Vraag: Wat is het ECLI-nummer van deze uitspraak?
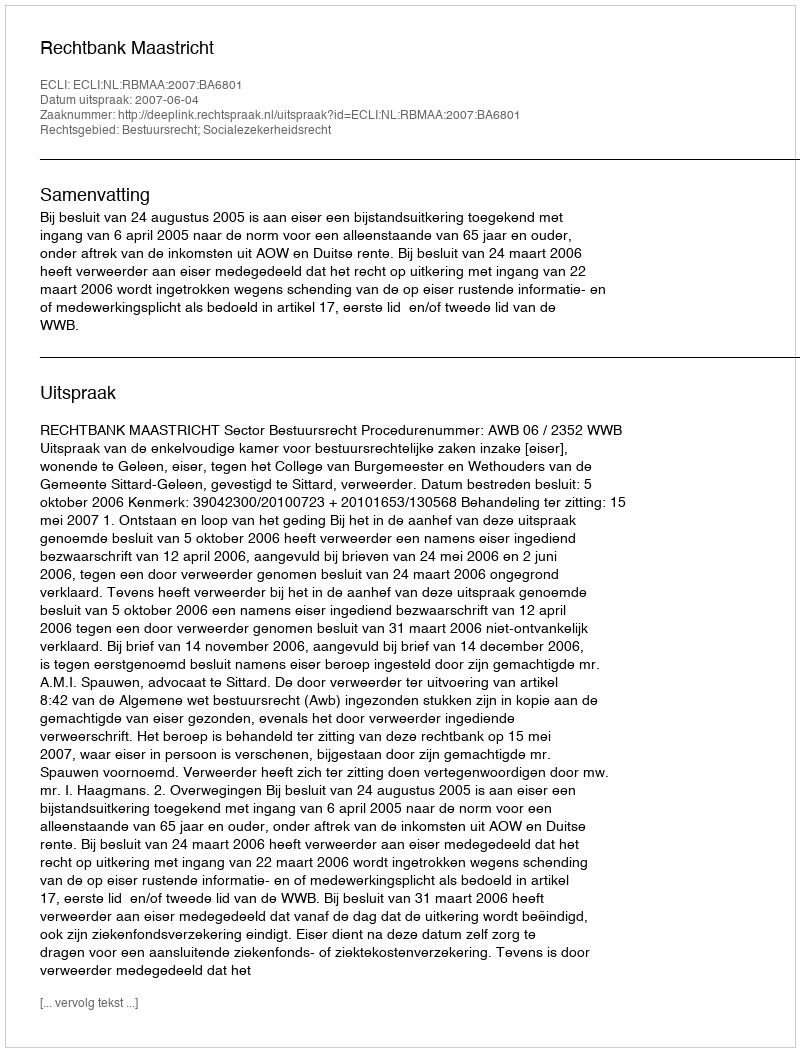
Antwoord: ECLI:NL:RBMAA:2007:BA6801